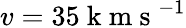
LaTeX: v=35\mathrm{~k~m~s~}^{-1}